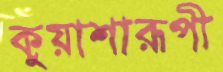
কুয়াশারূপী